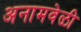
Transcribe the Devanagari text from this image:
अनामवेळी